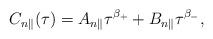
LaTeX: \begin{align*}C_{n\parallel}(\tau)=A_{n\parallel}\tau^{\beta_+}+B_{n\parallel}\tau^{\beta_-},\end{align*}